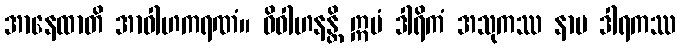
အာနေထာတိ အာဝါဟကရဏံ။ ဝိဝါဟနန္တိ ဣမံ ဒါရိကံ အသုကဿ နာမ ဒါရကဿ